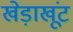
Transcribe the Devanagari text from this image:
खेड़ाखूंट